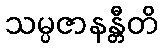
သမ္ပဇာနန္တီတိ